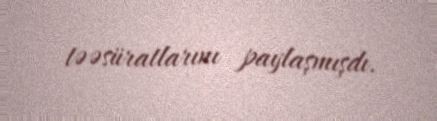
təəsüratlarını paylaşmışdı.